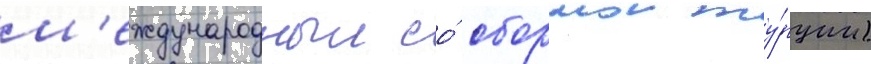
м'еждународныи со́ сборнои ту́рции)